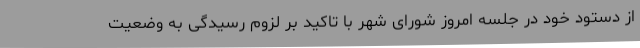
از دستود خود در جلسه امروز شورای شهر با تاکید بر لزوم رسیدگی به وضعیت